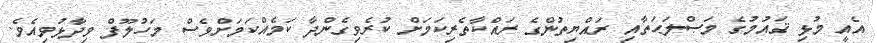
އެއީ މުޅި ޤައުމުގެ މަޞްލަޙަތާއި ރައްޔިތުންގެ ރައްކާތެރިކަމަށް ކުރެވިގެންދާ ކަމެއްކަމަށްވެސް މަހުލޫފް ވިދާޅުވިއެވެ.